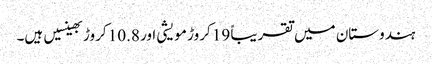
ہندوستان میں تقریباً 19 کروڑ مویشی اور 10.8 کروڑ بھینسیں ہیں۔